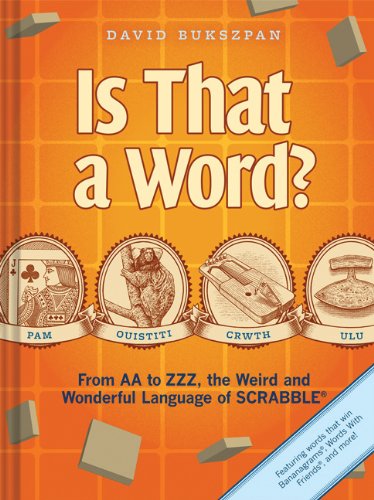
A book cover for Is That a Word?: From AA to ZZZ, the Weird and Wonderful Language of SCRABBLE; David Bukszpan; Humor & Entertainment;